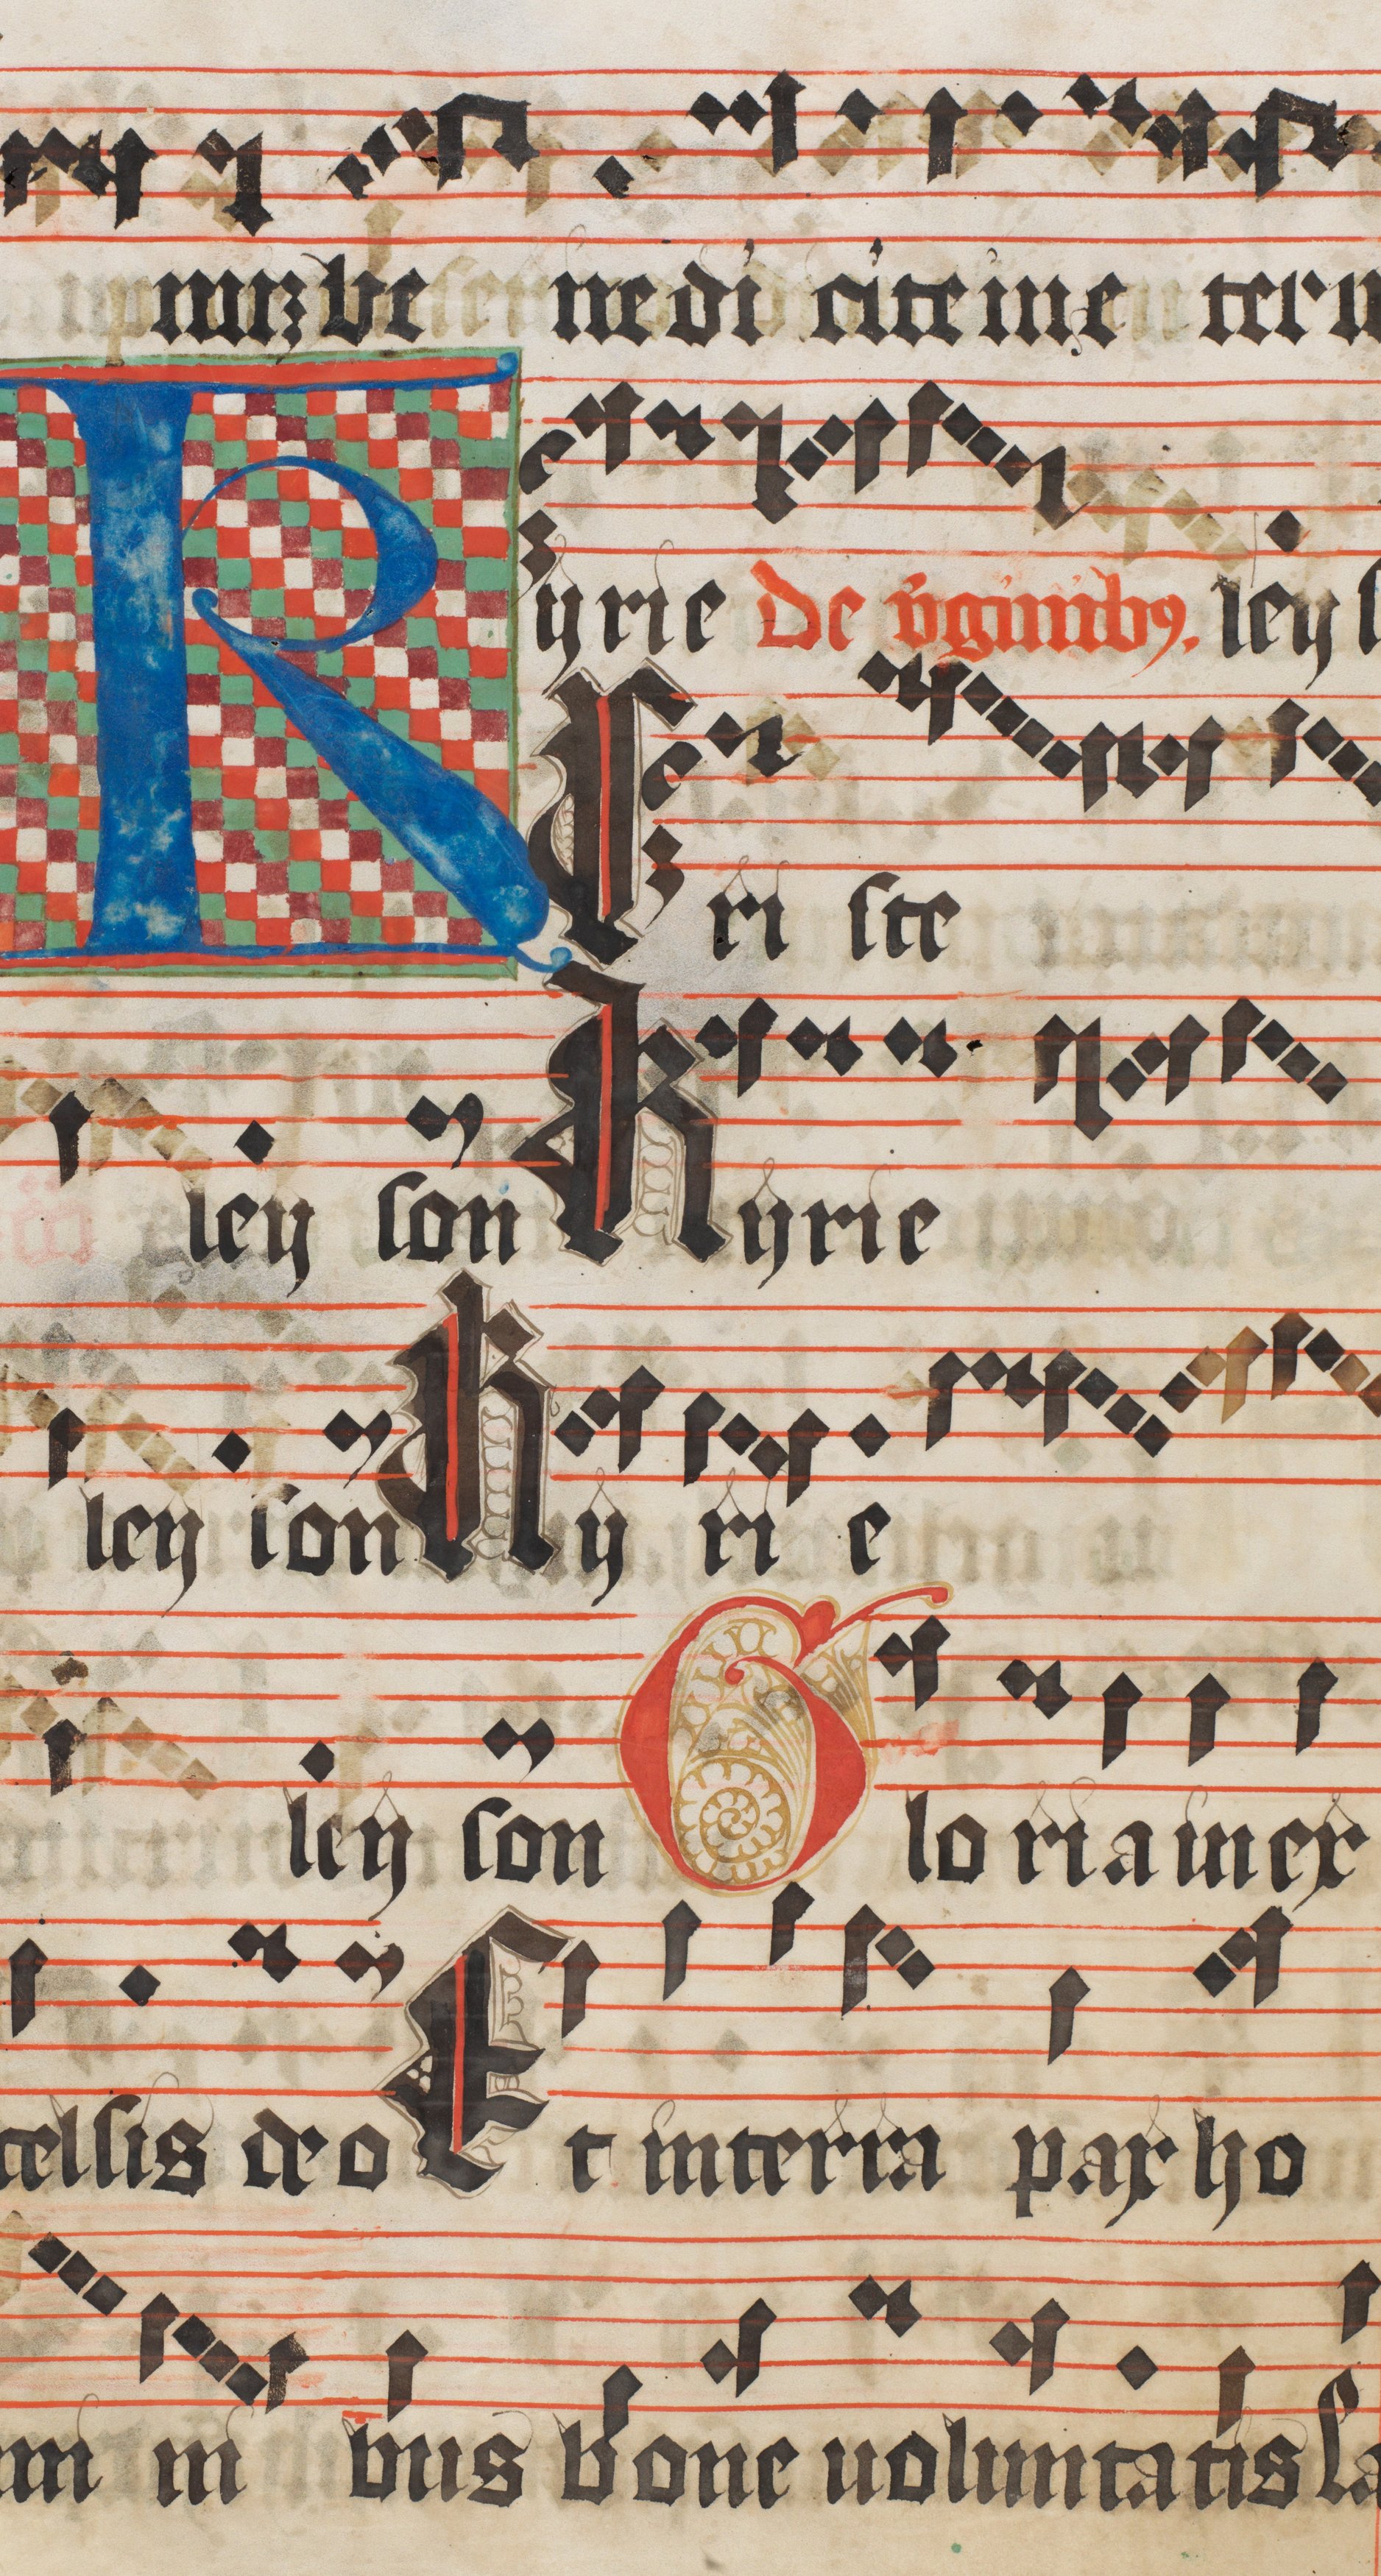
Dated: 1473–1473